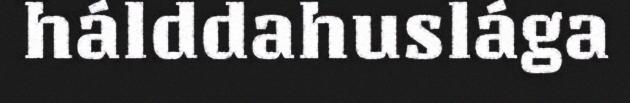
hálddahuslága